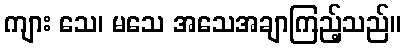
ကျား သေ၊ မသေ အသေအချာကြည့်သည်။